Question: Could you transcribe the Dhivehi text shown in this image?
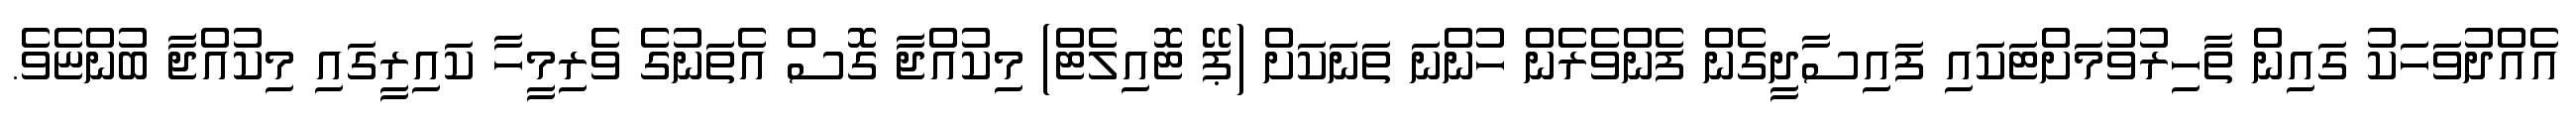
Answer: އެއްދުވަހަކު ގައިން ތާހިރުވުމަށްޓަކައި ފައިސާދީގެން ފެންވެރެން ހުންނަ ތަނަކަށް (ޕޭ ޓޮއިލެޓް) މިކުއްޖާ ގޮސް އެތަނުގެ ވެރިމީހާ ކައިރީގައި މިކުއްޖާ ބުންޏެވެ.